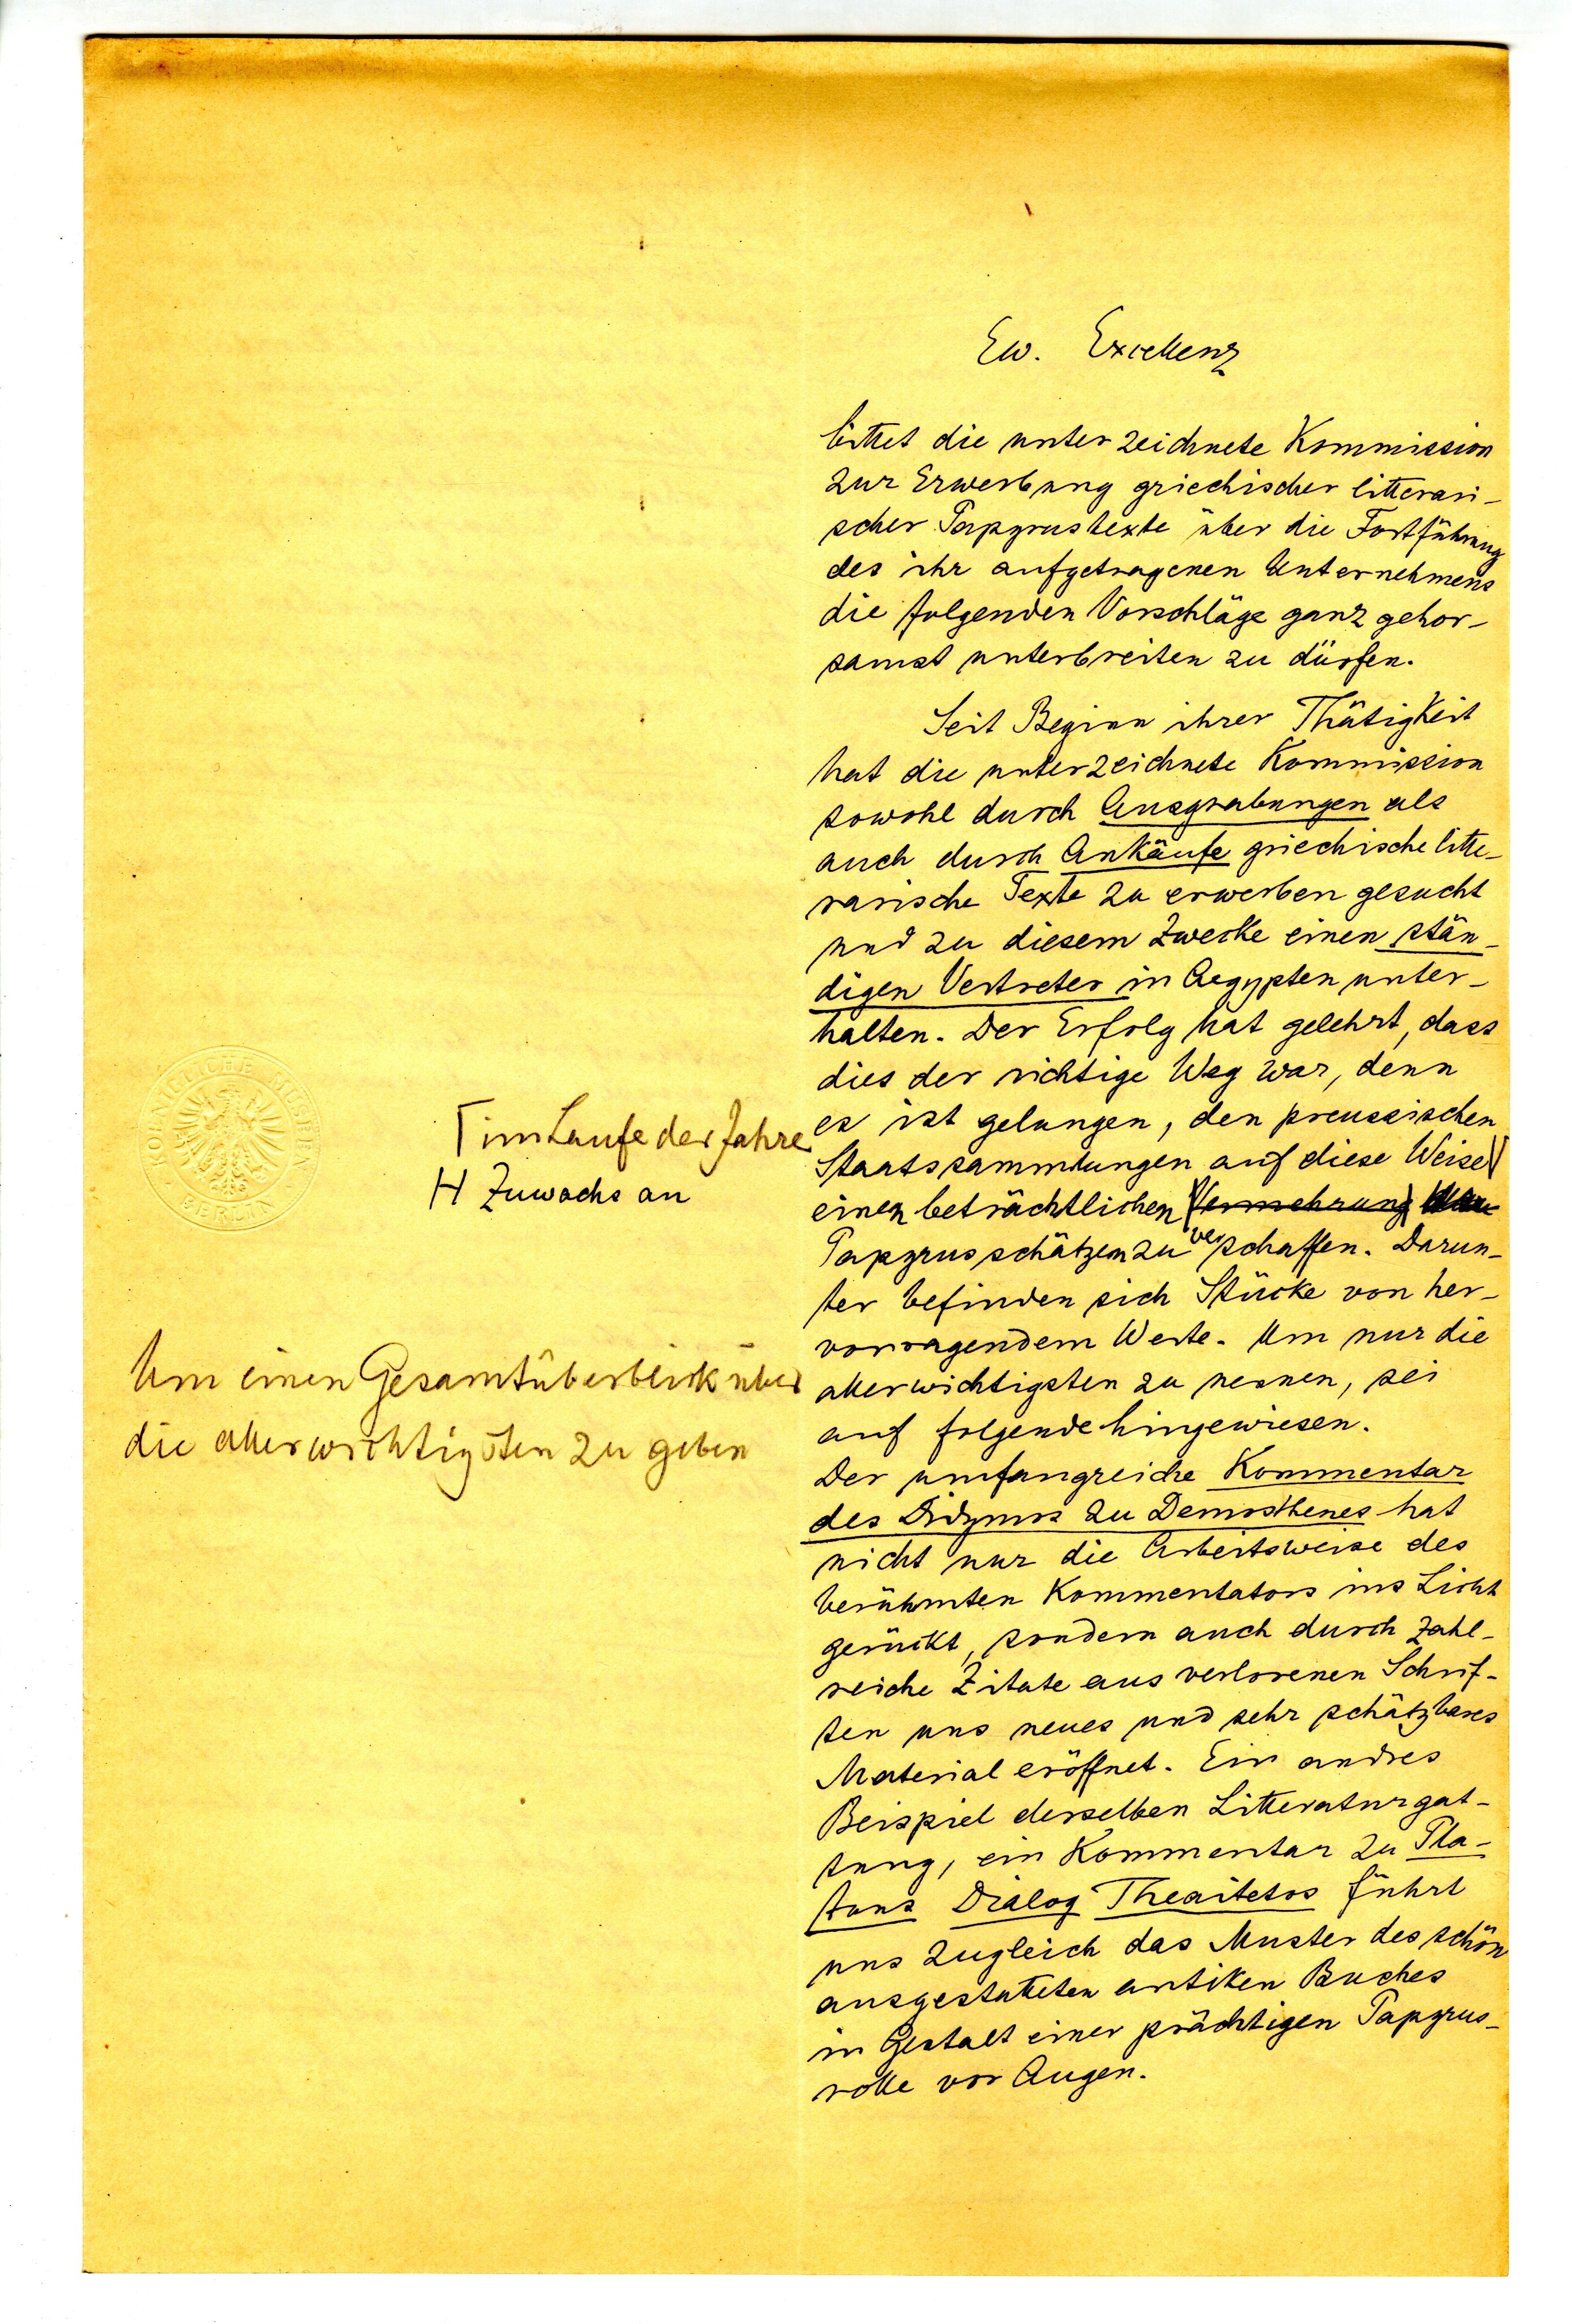
zw Erielenz
bittet die unter zeichnete Kommission
zur Erwerbung griechischer litterari¬
scher Papyrustexte über die Fortführung
des ihr aufgetragenen Unternehmens
die folgenden Vorschlage ganz gehor¬
danist unterbreiten zu dürfen.
Seit Begian ihrer Thätigkeit
hat die unterzeichnete Kommission
sowohl durch Ausgrabungen als
auch durch Ankäufe griechische litte
rarische Texte zu erwerben gesucht
und zu diesem Zwecke einen stän¬
digen Vertreter in Aegypten unter¬
halten. Der Erfolg hat gelehrt dass
dies der richtige Weg war, denn
es ist gelungen, den preussischen
Staatssammdungen auf diese Weise
einen beträchtlichen u
Papyrusschätzen zu schaffen. Darun¬
ter befinden sich Stücke von her
vorragendem Werte. Um nir die
allerwichtigsten zu nennen, sei
auf folgende hingewiesen.
Der umfangreiche Kommentar
des Didmis zu Demosthenes hat
nicht nur die Arbeitsweise des
berührten kommentators ins Licht
geritlt, sondern auch durch zahl¬
reiche Zitate aus verlorenen Schrif¬
ten uns neues und sehr schätzbares
Material eroffnet. Ein andres
Beispiel derselben Litteraturgat¬
tung, ein Kommertan zu Pta¬
stons Dralog Theaitetos führt
uns zugleich das Muster des schön
ausgestutteten antiken Buches
in Gestalt einer prächtigen Papyrus¬
rolle vor Augen.

Tinskaufe der Jahre
HZuwachs an
Um einen Gesamtüberblicküber
die aherwichtigsten zu geben